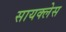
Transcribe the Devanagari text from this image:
सायक्लेस